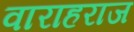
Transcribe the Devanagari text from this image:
वाराहराज